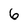
Character: 6